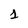
Character: 1